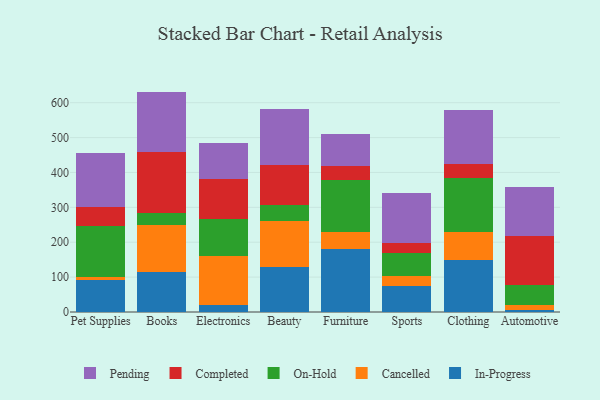
{"axis": {"x": "Category", "y": "Churn Rate (%)"}, "legend": ["Cancelled", "Completed", "In-Progress", "On-Hold", "Pending"], "data": [{"x": "Pet Supplies", "y": 90.4, "type": "In-Progress"}, {"x": "Pet Supplies", "y": 8.6, "type": "Cancelled"}, {"x": "Pet Supplies", "y": 146.7, "type": "On-Hold"}, {"x": "Pet Supplies", "y": 54.0, "type": "Completed"}, {"x": "Pet Supplies", "y": 157.5, "type": "Pending"}, {"x": "Books", "y": 115.4, "type": "In-Progress"}, {"x": "Books", "y": 133.4, "type": "Cancelled"}, {"x": "Books", "y": 35.6, "type": "On-Hold"}, {"x": "Books", "y": 174.2, "type": "Completed"}, {"x": "Books", "y": 173.2, "type": "Pending"}, {"x": "Electronics", "y": 19.9, "type": "In-Progress"}, {"x": "Electronics", "y": 140.3, "type": "Cancelled"}, {"x": "Electronics", "y": 105.6, "type": "On-Hold"}, {"x": "Electronics", "y": 115.1, "type": "Completed"}, {"x": "Electronics", "y": 104.7, "type": "Pending"}, {"x": "Beauty", "y": 130.1, "type": "In-Progress"}, {"x": "Beauty", "y": 130.6, "type": "Cancelled"}, {"x": "Beauty", "y": 45.0, "type": "On-Hold"}, {"x": "Beauty", "y": 115.2, "type": "Completed"}, {"x": "Beauty", "y": 161.9, "type": "Pending"}, {"x": "Furniture", "y": 179.4, "type": "In-Progress"}, {"x": "Furniture", "y": 50.2, "type": "Cancelled"}, {"x": "Furniture", "y": 148.6, "type": "On-Hold"}, {"x": "Furniture", "y": 40.8, "type": "Completed"}, {"x": "Furniture", "y": 91.3, "type": "Pending"}, {"x": "Sports", "y": 74.2, "type": "In-Progress"}, {"x": "Sports", "y": 30.4, "type": "Cancelled"}, {"x": "Sports", "y": 64.9, "type": "On-Hold"}, {"x": "Sports", "y": 27.5, "type": "Completed"}, {"x": "Sports", "y": 143.4, "type": "Pending"}, {"x": "Clothing", "y": 149.3, "type": "In-Progress"}, {"x": "Clothing", "y": 81.4, "type": "Cancelled"}, {"x": "Clothing", "y": 152.5, "type": "On-Hold"}, {"x": "Clothing", "y": 42.2, "type": "Completed"}, {"x": "Clothing", "y": 152.3, "type": "Pending"}, {"x": "Automotive", "y": 5.0, "type": "In-Progress"}, {"x": "Automotive", "y": 14.8, "type": "Cancelled"}, {"x": "Automotive", "y": 58.9, "type": "On-Hold"}, {"x": "Automotive", "y": 139.9, "type": "Completed"}, {"x": "Automotive", "y": 139.5, "type": "Pending"}]}